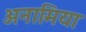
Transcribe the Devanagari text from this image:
अनामिया